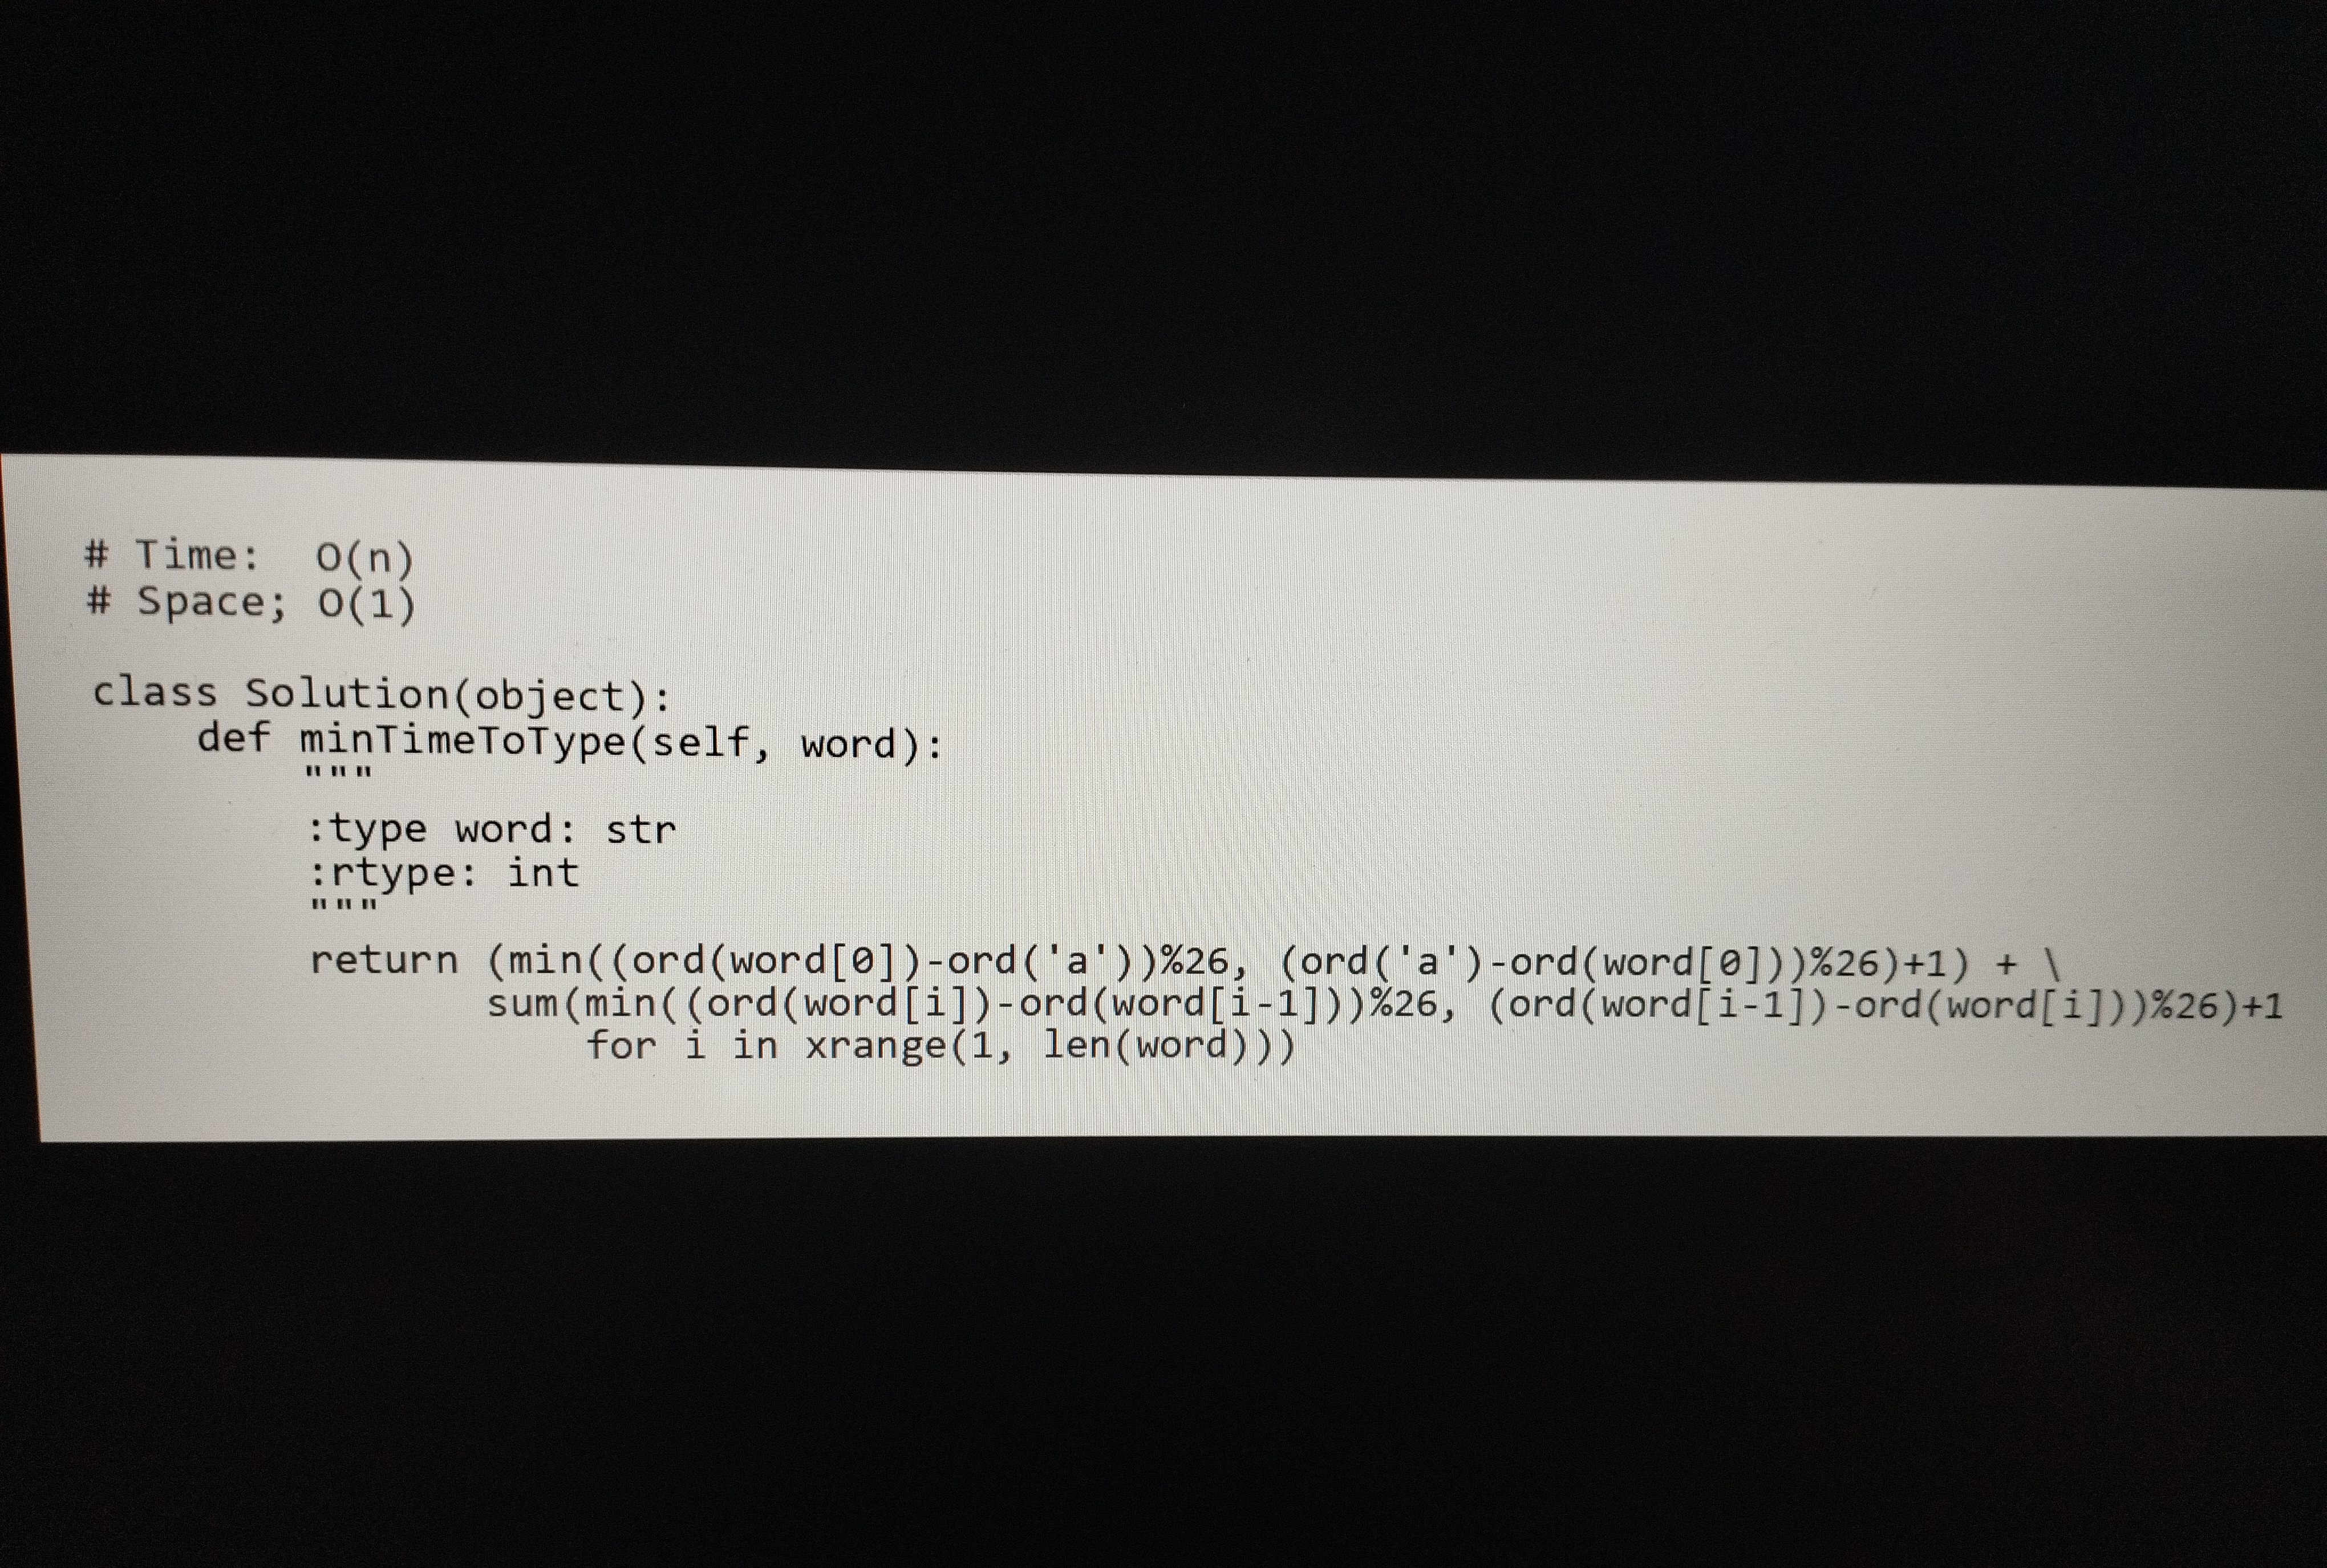
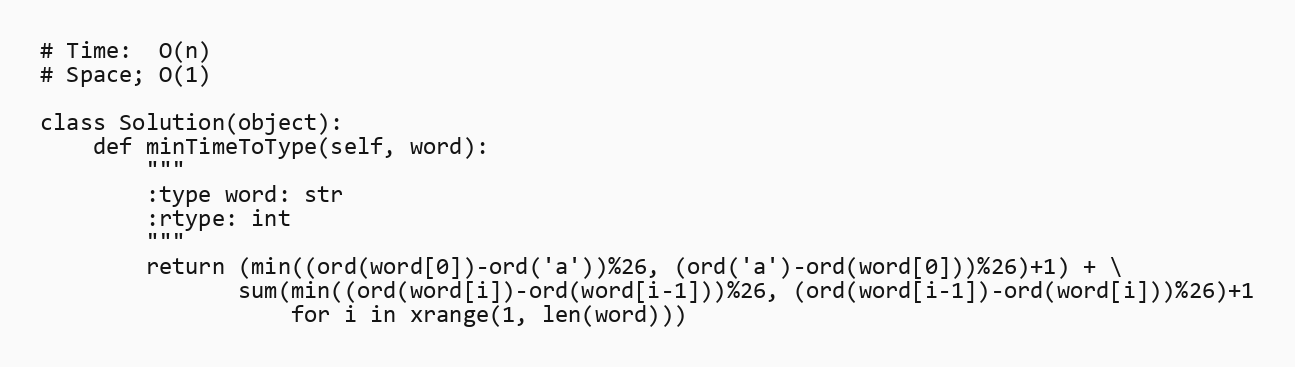
# Time:  O(n)
# Space; O(1)

class Solution(object):
    def minTimeToType(self, word):
        """
        :type word: str
        :rtype: int
        """
        return (min((ord(word[0])-ord('a'))%26, (ord('a')-ord(word[0]))%26)+1) + \
               sum(min((ord(word[i])-ord(word[i-1]))%26, (ord(word[i-1])-ord(word[i]))%26)+1
                   for i in xrange(1, len(word)))